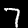
Digit: 7